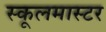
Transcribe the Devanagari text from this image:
स्कूलमास्टर